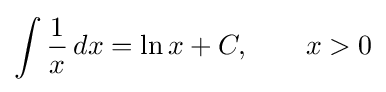
\int {\frac {1}{x}}\,dx=\ln x+C,\qquad x>0